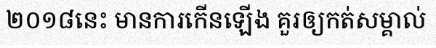
២០១៨នេះ មានការកើនឡើង គួរឲ្យកត់សម្គាល់